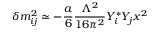
\delta m _ { i j } ^ { 2 } \simeq - \frac { a } { 6 } \frac { \Lambda ^ { 2 } } { 1 6 \pi ^ { 2 } } Y _ { i } ^ { * } Y _ { j } x ^ { 2 }